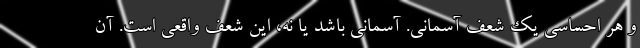
و هر احساسی یک شعف آسمانی. آسمانی باشد یا نه، این شعف واقعی است. آن